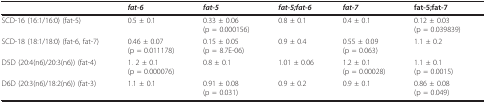
<table><thead><tr><td></td><td><b><i>fat-6</i></b></td><td><b><i>fat-5</i></b></td><td><b><i>fat-5;fat-6</i></b></td><td><b><i>fat-7</i></b></td><td><b>fat-5;fat-7</b></td></tr></thead><tbody><tr><td>SCD-16 (16:1/16:0) (fat-5)</td><td>0.5 ± 0.1</td><td>0.33 ± 0.06(p = 0.000156)</td><td>0.8 ± 0.1</td><td>0.4 ± 0.1</td><td>0.12 ± 0.03(p = 0.039839)</td></tr><tr><td>SCD-18 (18:1/18:0) (fat-6, fat-7)</td><td>0.46 ± 0.07(p = 0.011178)</td><td>0.15 ± 0.05(p = 8.7E-06)</td><td>0.9 ± 0.4</td><td>0.55 ± 0.09(p = 0.063)</td><td>1.1 ± 0.2</td></tr><tr><td>D5D (20:4(n6)/20:3(n6)) (fat-4)</td><td>1. 2 ± 0.1(p = 0.000076)</td><td>0.8 ± 0.1</td><td>1.01 ± 0.06</td><td>1.2 ± 0.1(p = 0.00028)</td><td>1.1 ± 0.1(p = 0.0015)</td></tr><tr><td>D6D (20:3(n6)/18:2(n6)) (fat-3)</td><td>1.1 ± 0.1</td><td>0.91 ± 0.08(p = 0.031)</td><td>0.9 ± 0.2</td><td>0.9 ± 0.1</td><td>0.86 ± 0.08(p = 0.049)</td></tr></tbody></table>